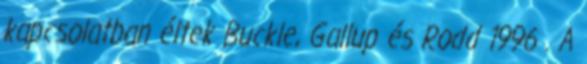
kapcsolatban éltek Buckle, Gallup és Rodd 1996 . A